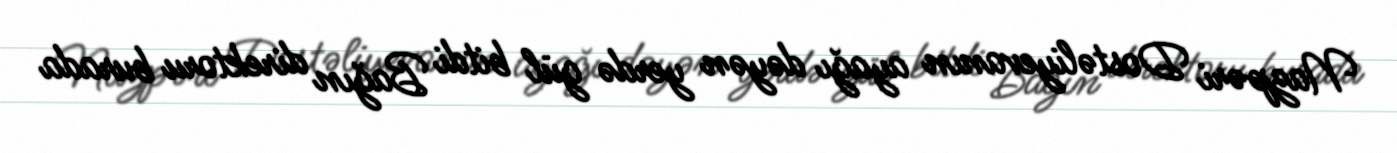
Nazpəri Dostəliyevanın ayağı dəyən yerdə gül bitdi Bağın direktoru burada